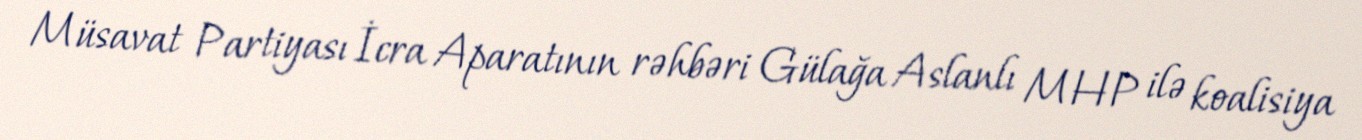
Müsavat Partiyası İcra Aparatının rəhbəri Gülağa Aslanlı MHP ilə koalisiya